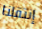
إنتقلنا